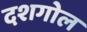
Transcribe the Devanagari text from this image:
दशगोल